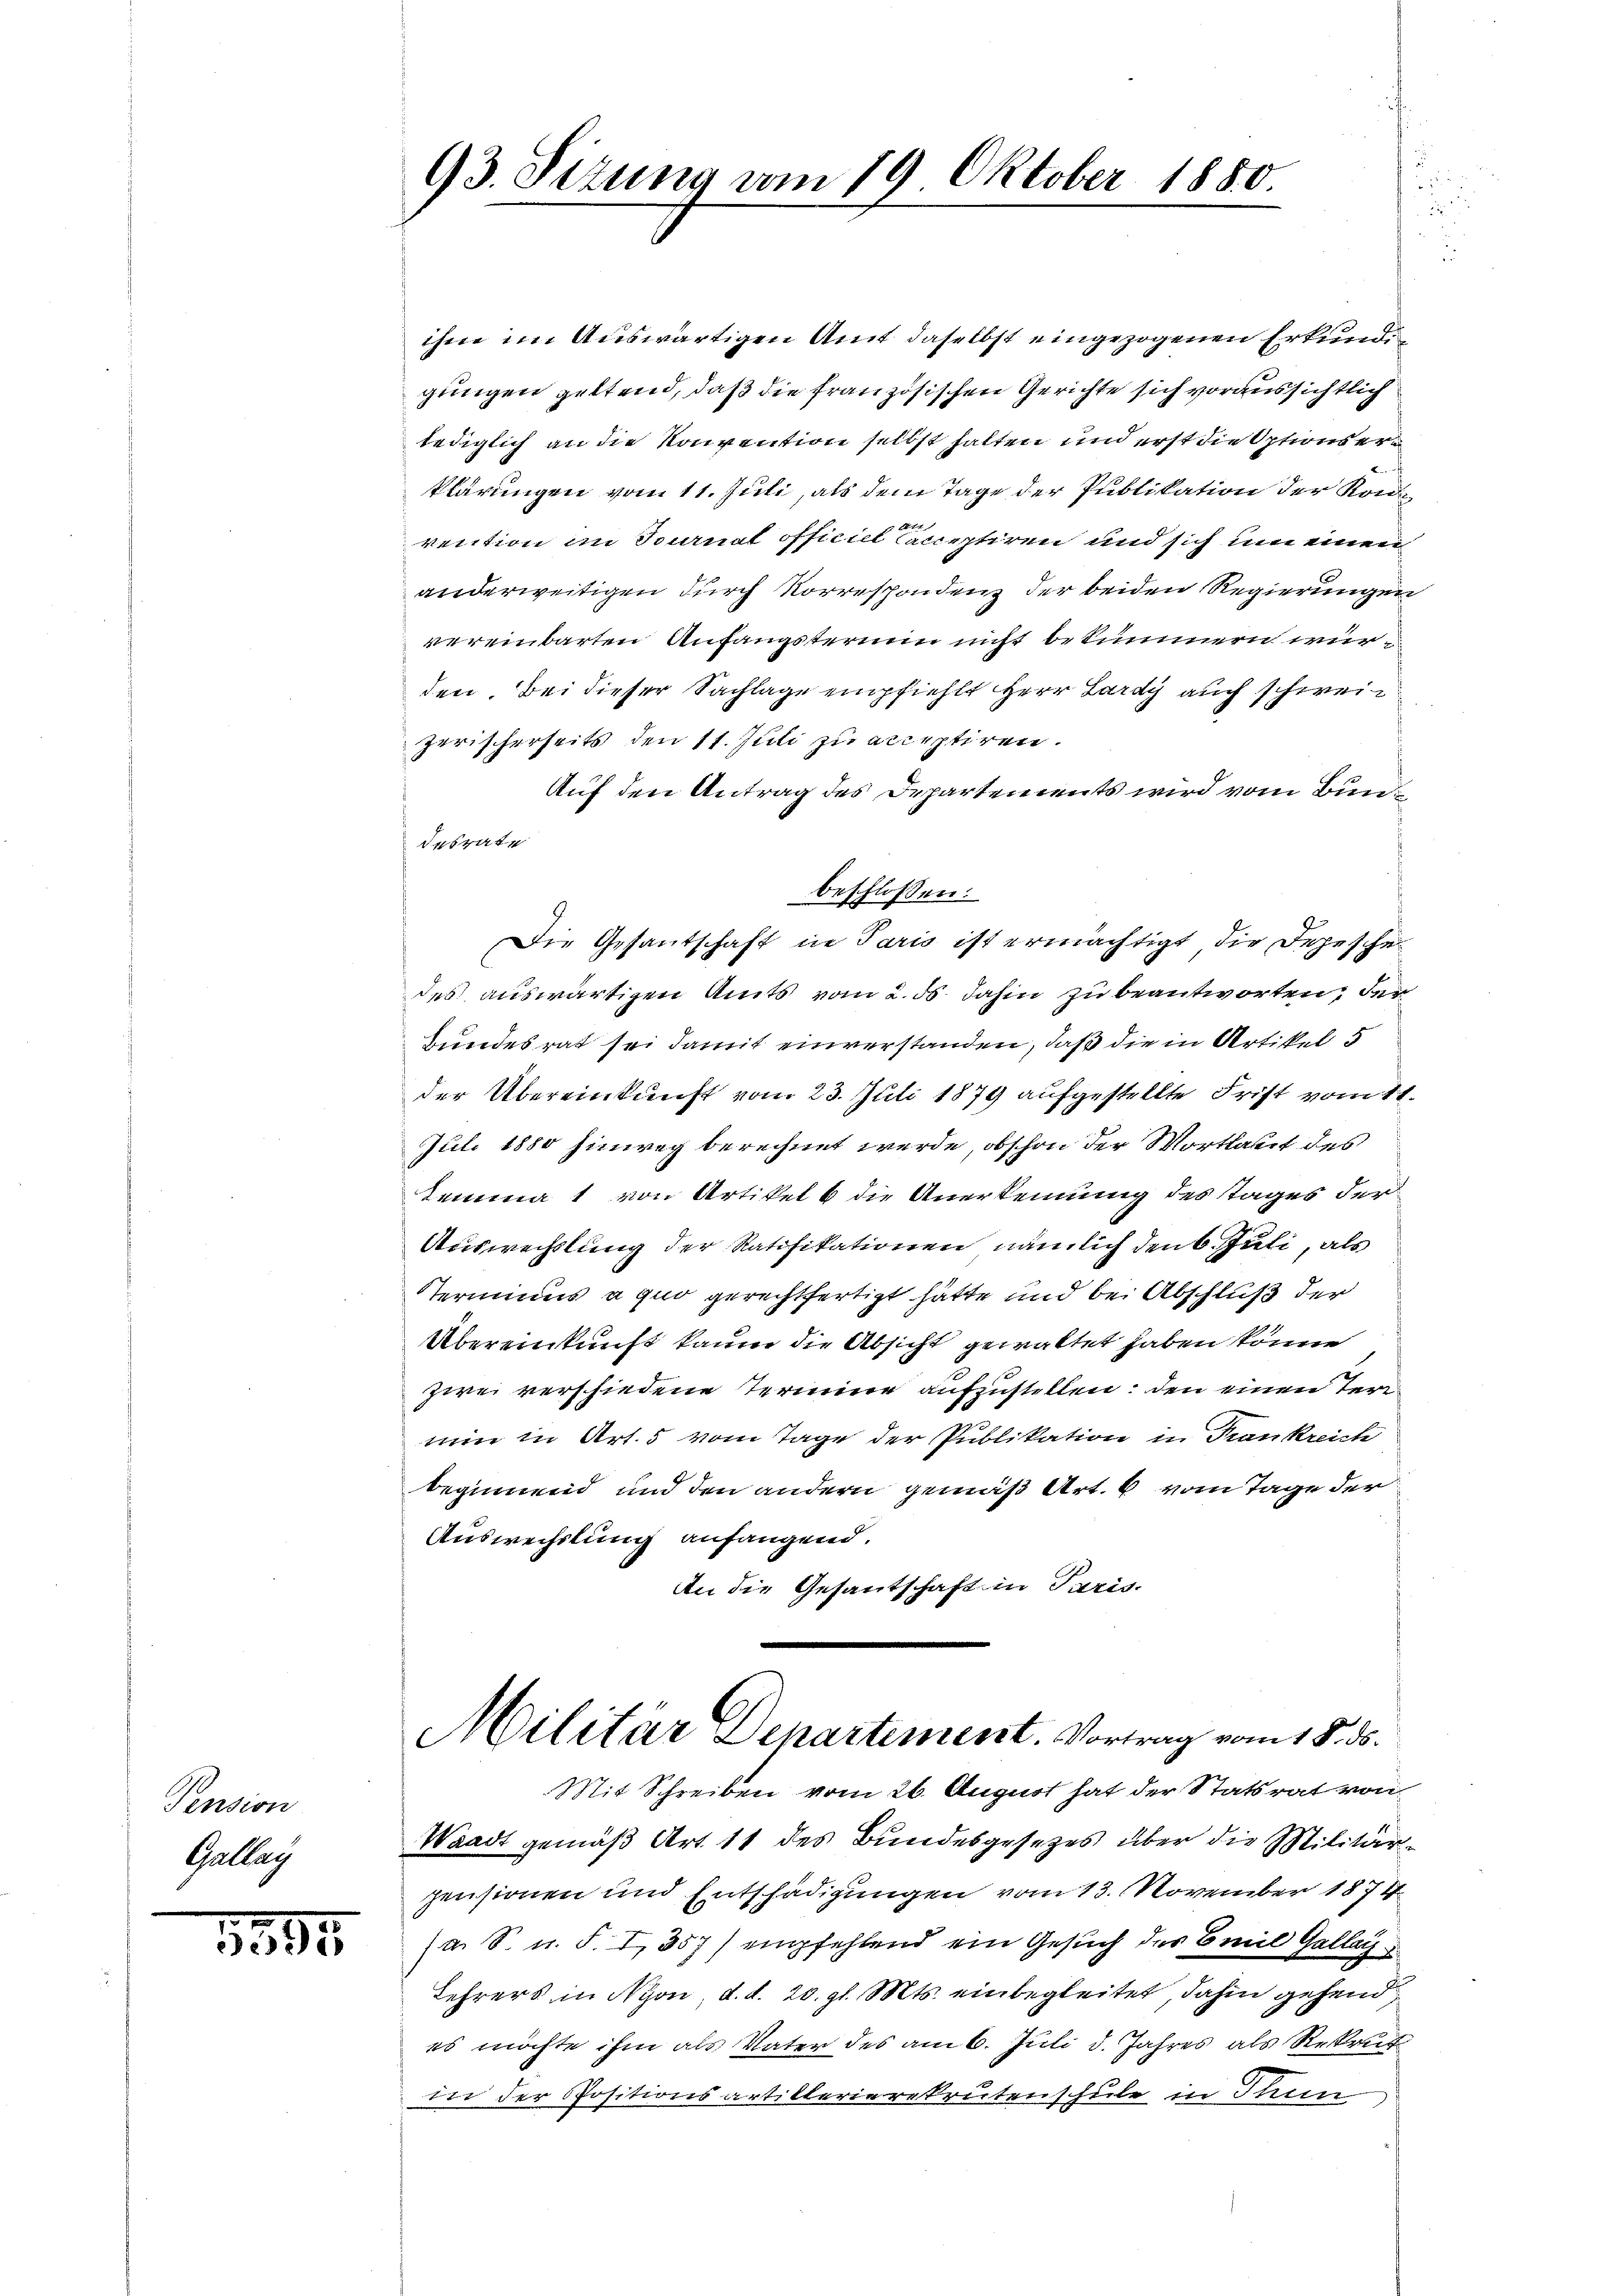
Pension
Gallay

1395

ihne im Auswärtigen Amt daselbst eingezogenen Erkundi
gungen geltend, daß die französischen Gerichte sich voraussichtlich
lediglich an die Konvention selbst hatten und erst die Options erklärungen vom 11. Juli, als dem Tage der Publikation der Kon
t
vention im Journal officiel Caceptiren und sich um einen
anderweitigen durch Korrespondenz der beiden Regierungen
vereinbarten Anfangsterium nicht bekümmen wurden. Bei dieser Sachlage empfiehlt Herr Lardy auch schweizerischerseits den 11. Juli zu acceptiren.
Auf den Antrag des Departements wird vom Bund
desrate
beschlossen:
Die Gesantschaft in Paris ist ermächtigt, die Depeschedes auswärtigen Amts vom 2. ds. dahin zu beantworten, der
bundesrat sei damit einverstanden, daß die in Artikel 5
der Übereinkunft vom 23. Juli 1879 aufgestellte Frist vom 11.
Juli 1880 hinweg berechnet werde, obschon der Wortlaut des
Lemma 1 von Artikel 6 die Anerkennung des Tages der
Auswechslung der Ratifikationen, nämlich den 6. Juli, als
Sterminus a quo gerechtfertigt hätte und bei Abschluß der
Übereinkunft kaum die Absicht gewaltet haben könne
zwei verschiedene Termine aufzustellen: den einen Terr
nun in Art. 5 vom Tage der Publikation in Frankreich
beginnend und den andern gemäß Art. 6 vom Tage der
Auswechslung anfangend.
An die Gesantschaft in Paris.

93. Sizung vom 19. Oktober 1880.

Militär Departement. Vortrag vom 18. ds.
Mit Schreiben vom 26. August hat der Statsrat von
Waadt gemäß Art. 11 des Bundesgesetzes über die Militär¬

pensionen und Entschädigungen vom 13. November 1874
(a. S. u. S. I, 357) empfehlend ein Gesuch des Emil Gallac
Lehrers in Nyon, d. d. 20. gl. Mts. einbegleitet, dahin gehend
es möchte ihm als Vater des am 6. Juli d. Jahres als Rekrut
tir der Positionsartikterierekrutenschule in Thun